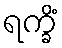
ရက္ခိံ